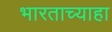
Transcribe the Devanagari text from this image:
भारताच्याहा